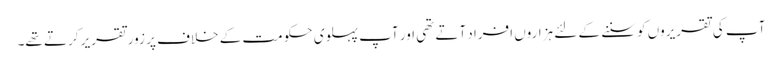
آپ کی تقریروں کو سننے کے لئے ہزاروں افراد آتے تھی اور آپ پہلوی حکومت کے خلاف پر زور تقریر کرتے تھے۔